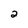
Character: 2